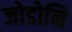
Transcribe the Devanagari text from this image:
जोडोनि